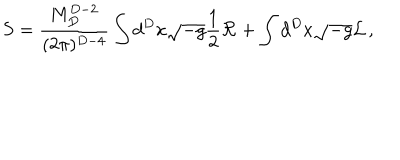
S = { \frac { M _ { D } ^ { D - 2 } } { ( 2 \pi ) ^ { D - 4 } } } \int d ^ { D } x \sqrt { - g } { \frac { 1 } { 2 } } { \cal R } + \int d ^ { D } x \sqrt { - g } { \cal L } \, ,